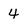
Character: 4